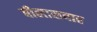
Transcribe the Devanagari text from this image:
बीलासवार